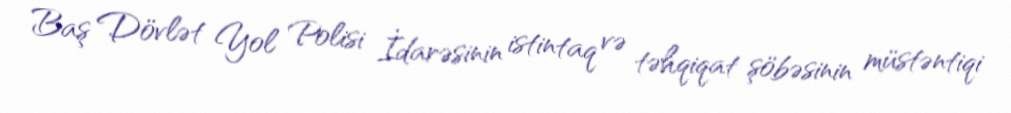
Baş Dövlət Yol Polisi İdarəsinin istintaq və təhqiqat şöbəsinin müstəntiqi